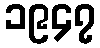
၁၉၄၇